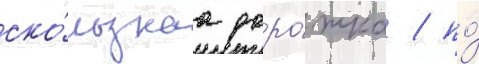
ско́льзкаа доро́жка / по́